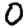
Digit: 0